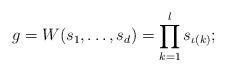
LaTeX: \begin{align*} g = W(s_1, \ldots, s_d) = \prod_{k=1}^l s_{\iota(k)} ; \end{align*}